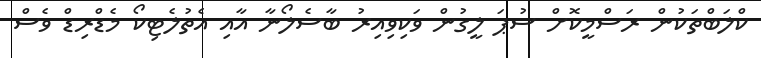
ކްލަބްތަކުން ރަސްމީކޮށް ސުޕަ ލީގުން ވަކިވިއިރު ބާސެލޯނާ އާއި އެތުލެޓިކޯ މެޑްރިޑް ވެސް